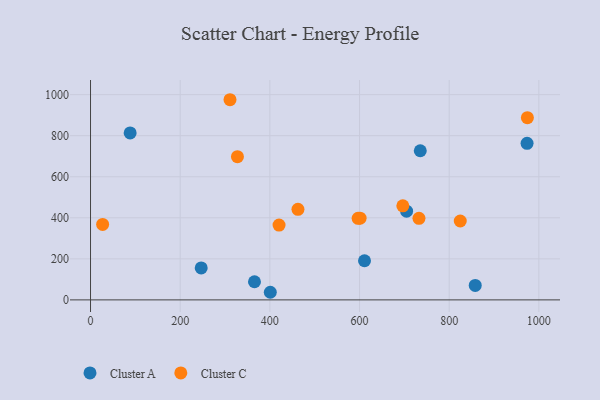
{"axis": {"x": "Study Hours", "y": "Fuel Efficiency"}, "legend": ["Cluster A", "Cluster C"], "data": [{"x": "858.1", "y": 70.3, "type": "Cluster A"}, {"x": "365.7", "y": 88.5, "type": "Cluster A"}, {"x": "735.5", "y": 726.8, "type": "Cluster A"}, {"x": "401.0", "y": 37.1, "type": "Cluster A"}, {"x": "973.7", "y": 762.8, "type": "Cluster A"}, {"x": "246.9", "y": 155.7, "type": "Cluster A"}, {"x": "88.4", "y": 813.6, "type": "Cluster A"}, {"x": "611.1", "y": 190.8, "type": "Cluster A"}, {"x": "705.0", "y": 432.4, "type": "Cluster A"}, {"x": "824.7", "y": 384.4, "type": "Cluster C"}, {"x": "732.6", "y": 397.3, "type": "Cluster C"}, {"x": "601.3", "y": 398.1, "type": "Cluster C"}, {"x": "974.4", "y": 887.8, "type": "Cluster C"}, {"x": "462.7", "y": 441.4, "type": "Cluster C"}, {"x": "596.9", "y": 397.4, "type": "Cluster C"}, {"x": "420.5", "y": 364.3, "type": "Cluster C"}, {"x": "311.1", "y": 975.3, "type": "Cluster C"}, {"x": "696.6", "y": 458.2, "type": "Cluster C"}, {"x": "27.0", "y": 367.6, "type": "Cluster C"}, {"x": "327.7", "y": 697.8, "type": "Cluster C"}]}